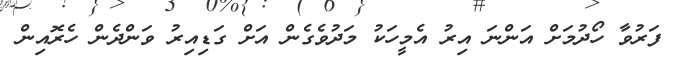
ފަރުވާ ހޯދުމަށް އަންނަ އިރު އެމީހަކު މަދުވެގެން އަށް ގަޑިއިރު ވަންދެން ހެރޮއިން